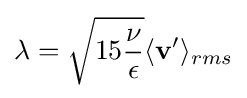
\lambda ={\sqrt {15{\frac {\nu }{\epsilon }}}}\langle \mathbf {v'} \rangle _{rms}